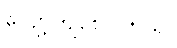
လျော့ကျစေပါတယ်။